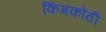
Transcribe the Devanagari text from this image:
किंगकोठी